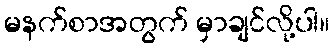
မနက်စာအတွက် မှာချင်လို့ပါ။